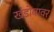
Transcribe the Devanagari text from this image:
खंडोबावर